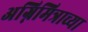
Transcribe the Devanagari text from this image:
अग्निमित्राच्या